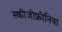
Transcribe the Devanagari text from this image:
स्‍कीजोफ्रीनिया